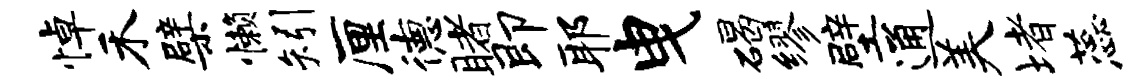
悼禾檗懒矧厘德睹即耶曳碣缪壁通美堵蕊